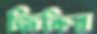
জিকির